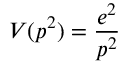
V ( p ^ { 2 } ) = \frac { e ^ { 2 } } { p ^ { 2 } }